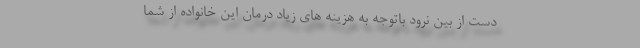
دست از بین نرود باتوجه به هزینه های زیاد درمان این خانواده از شما